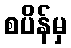
စပိန်မှ